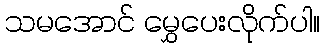
သမအောင် မွှေပေးလိုက်ပါ။